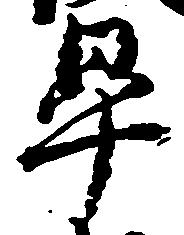
畢